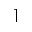
\rceil